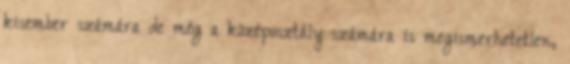
kisember számára de még a középosztály számára is megismerhetetlen,